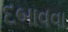
દબાવવા